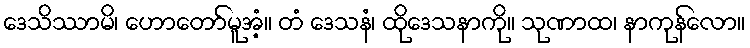
ဒေသိဿာမိ၊ ဟောတော်မူအံ့။ တံ ဒေသနံ၊ ထိုဒေသနာကို။ သုဏာထ၊ နာကုန်လော။